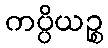
ကပ္ပိယဉ္စ